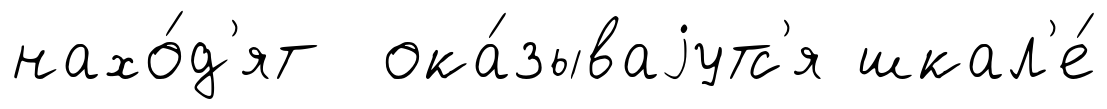
нахо́д'ят ока́зываjутс'я шкал'е́